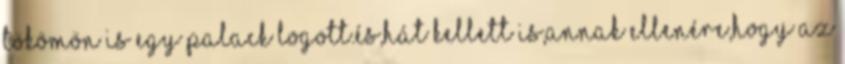
tökömön is egy palack logott.és,hát kellett is,annak ellenére,hogy az